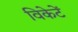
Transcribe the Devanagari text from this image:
विकेटें